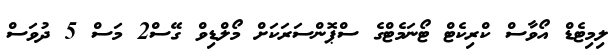
ލިމިޓެޑް އޯވާސް ކްރިކެޓް ޓޯނަމެޓްގެ ސްޕޮންސަރަކަށް މޯލްޑިވް ގޭސް2 މަސް 5 ދުވަސް